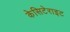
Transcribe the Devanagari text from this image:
केसिटेराइट